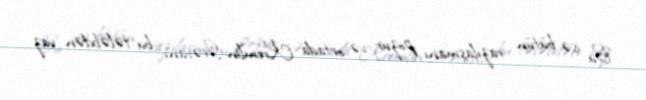
Bu isə bütün razılaşmanı pozur və ortada Kremlin İrəvanı bu tələbdən vaz